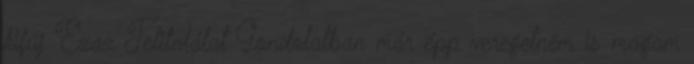
kifúj Ezaz Telitalálat Gondolatban már épp veregetném is magam